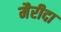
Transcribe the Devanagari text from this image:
मैरीदा